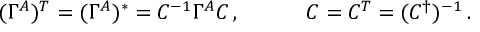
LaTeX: \begin{array} { l l } { { ( \Gamma ^ { A } ) { } ^ { T } = ( \Gamma ^ { A } ) { } ^ { \ast } = { C } ^ { - 1 } \Gamma ^ { A } { C } \, , ~ ~ ~ } } & { { ~ ~ ~ C = C ^ { T } = ( C ^ { \dagger } ) ^ { - 1 } \, . } } \end{array}